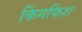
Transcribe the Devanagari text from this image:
किंगफिश